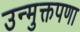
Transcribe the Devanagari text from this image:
उन्मुक्तपणा